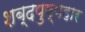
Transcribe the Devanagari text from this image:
शब्दपुष्पहार